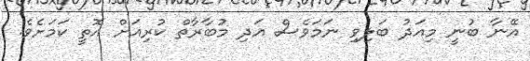
އޭނާ ބުނީ މިއަދު ބަލިވި ނަމަވެސް އަދި މުބާރާތް ކުރިއަށް އޮތީ ކަމަށެވެ.